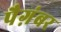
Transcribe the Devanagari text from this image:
पैग़ंबर